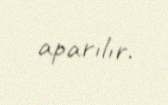
aparılır.